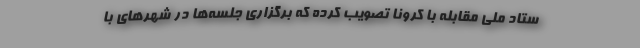
ستاد ملی مقابله با کرونا تصویب کرده که برگزاری جلسه‌ها در شهرهای با